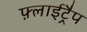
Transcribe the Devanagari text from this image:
फ़्लाईट्रैप